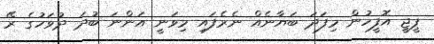
ޕީޖީ އޮފީހުން މިފަދަ ބަޔާނެއް ނެރެފައި މިވަނީ އަންނަ ބުދަ ދުވަހުގެ ރޭ